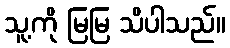
သူ့ကို မြမြ သိပါသည်။